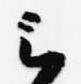
云